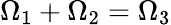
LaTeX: \Omega_{1}+\Omega_{2}=\Omega_{3}